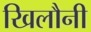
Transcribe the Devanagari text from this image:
खिलौनी